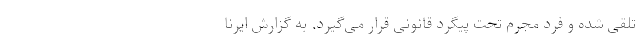
تلقی شده و فرد مجرم تحت پیگرد قانونی قرار می‌گیرد. به گزارش ایرنا